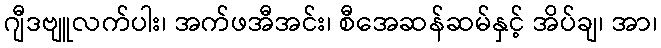
ဂျီဒဗျူလက်ပါး၊ အက်ဖအီအင်း၊ စီအေဆန်ဆမ်နှင့် အိပ်ချ၊ အာ၊